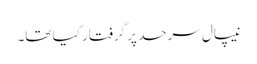
نیپال سرحد پر گرفتار کیا تھا۔